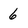
Character: 6